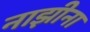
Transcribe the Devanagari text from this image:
नाझीना